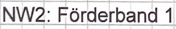
Text: NW2: Förderband 1